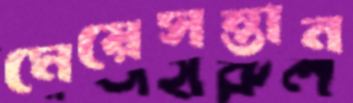
মেয়েসন্তান